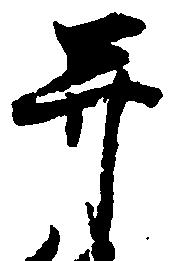
并